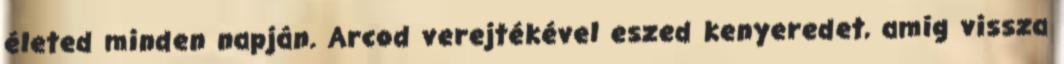
életed minden napján. Arcod verejtékével eszed kenyeredet, amíg vissza